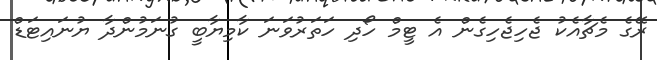
ރޭގެ މެޗާއެކު ޖެހިޖެހިގެން އެ ޓީމް ހޯދި ހަތަރުވަނަ ކާމިޔާބީ ގުނަމުންދާ ޔުނައިޓަޑް